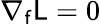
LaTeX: \nabla_{\mathsf{f}}\mathsf{L}=0